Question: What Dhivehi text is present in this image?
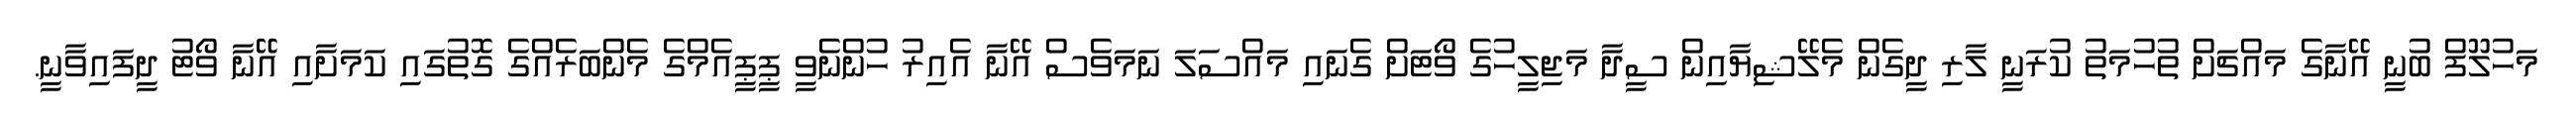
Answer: މަހުލޫފް ބުނީ އޭނާގެ މައްޗަށް ތުހުމަތު ކުރަނީ ލާރި ދީގެން މެލޭޝިޔާއިން ސީދާ މަޖިލީހުގެ ވޯޓަށް ގެނައި މައްސަލަ ނަމަވެސް އޭނާ އެއިރު ހުންނެވީ ޕީޕީއެމްގެ މެންބަރެއްގެ ގޮތުގައި ކަމަށާއި އޭނާ ވޯޓު ދީފައިވާނީ.